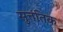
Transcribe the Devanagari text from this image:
सुत्तंतिक